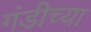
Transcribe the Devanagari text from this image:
गंडीच्या